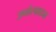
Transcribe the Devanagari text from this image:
उपोत्पादन